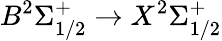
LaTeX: B^{2}\Sigma_{1/2}^{+}\rightarrow X^{2}\Sigma_{1/2}^{+}